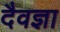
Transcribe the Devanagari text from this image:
दैवज्ञा